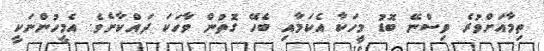
ތިމާއަށްވުރެ ވިސްނޭ ބޮޑު މީހަކާ އެކަމާއި ބެހޭ ގޮތުން ވާހަކަ ދައްކާށެވެ. އެމީހުންނަކީ